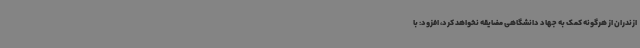
ازندران از هرگونه کمک به جهاد دانشگاهی مضایقه نخواهد کرد، افزود: با